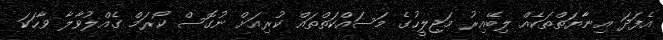
އެފަދަ އިނާޔަތްތަކެއް ލިބޭއިރު މަޖިލީހުގެ މަސައްކަތްތައް ކުރިއަށް ނުގޮސް ކޯރަމް ގެއްލުވާލާ ވާހަކަ